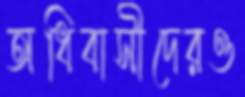
অধিবাসীদেরও